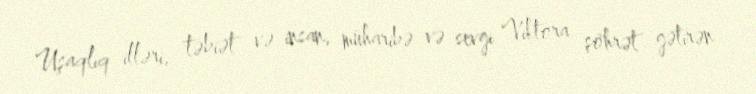
Uşaqlıq illəri, təbiət və insan, müharibə və sevgi Viktora şöhrət gətirən